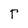
Character: r